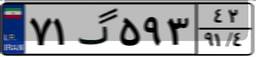
۷۱گ۵۹۳۴۲